Annual administration and progress report of the Indian Medical Department, Bombay
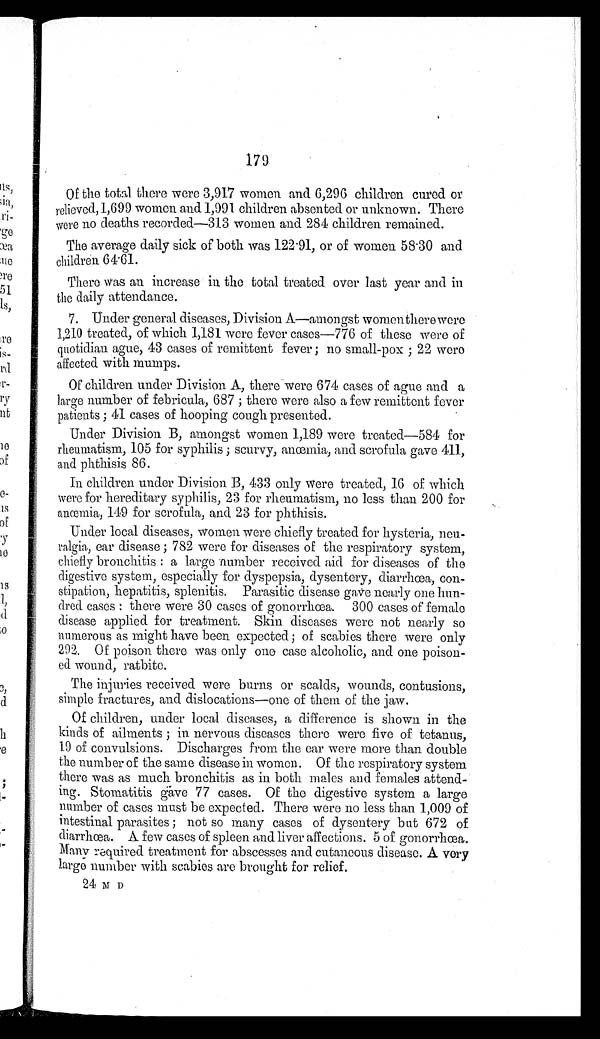
179
Of the total there were 3,917 women and 6,296 children cured or
relieved,1,699 women and 1,991 children absented or unknown. There
were no deaths recorded—313 women and 284 children remained.
The average daily sick of both was 122.91, or of women 58.30 and
children 64.61.
There was an increase in the total treated over last year and in
the daily attendance.
7. Under general diseases, Division A—amongst womenthere were
1,210 treated, of which 1,181 were fever cases—776 of these were of
quotidian ague, 43 cases of remittent fever ; no small-pox ; 22 were
affected with mumps.
Of children under Division A, there were 674 cases of ague and a
large number of febricula, 687 ; there were also a few remittent fever
patients ; 41 cases of hooping cough presented.
Under Division B, amongst women 1,189 were treated—584 for
rheumatism, 105 for syphilis ; scurvy, anœmia, and scrofula gave 411,
and phthisis 86.
In children under Division B, 433 only were treated, 16 of which
were for hereditary syphilis, 23 for rheumatism, no less than 200 for
anœmia, 149 for scrofula, and 23 for phthisis.
Under local diseases, women were chiefly treated for hysteria, neu
- r a l g i a , e a r d i s e a s e ; 7 8 2 w e r e f o r d i s e a s e s o f t h e r e s p i r a t o r y s y s t e m ,
chiefly bronchitis : a large number received aid for diseases of the
digestive system, especially for dyspepsia, dysentery, diarrhœa, con
-stipation, hepatitis, splenitis. Parasitic disease gave nearly one hun
- d r e d c a s e s : t h e r e w e r e 3 0 c a s e s o f g o n o r r h œ a . 3 0 0 c a s e s o f f e m a l e
disease applied for treatment. Skin diseases were not nearly so
numerous as might have been expected ; of scabies there were only
292. Of poison there was only one case alcoholic, and one poison
- e d w o u n d , r a t b i t e .
The injnries received were burns or scalds, wounds, contusions,
simple fractures, and dislocations—one of them of the jaw.
Of children, under local diseases, a difference is shown in the
kinds of ailments ; in nervous diseases there were five of tetanus,
19 of convulsions. Discharges from the ear were more than double
the number of the same disease in women. Of the respiratory system
there was as much bronchitis as in both males and females attend
- i n g . S t o m a t i t i s g
ā v e 7 7 c a s e s . O f t h e d i g e s t i v e s y s t e m a l a r g e
number of cases must be expected. There were no less than 1,009 of
intestinal parasites ; not so many cases of dysentery but 672 of
diarrhœa. A few cases of spleen and liver affections. 5 of gonorrhœa.
Many required treatment for abscesses and cutaneous disease. A very
large number with scabies are brought for relief.
24 M D